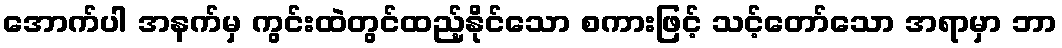
အောက်ပါ အနက်မှ ကွင်းထဲတွင်ထည့်နိုင်သော စကားဖြင့် သင့်တော်သော အရာမှာ ဘာ